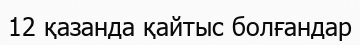
12 қазанда қайтыс болғандар